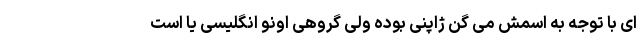
ای با توجه به اسمش می گن ژاپنی بوده ولی گروهی اونو انگلیسی یا است